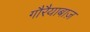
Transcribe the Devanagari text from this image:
गौरैयाबाज़